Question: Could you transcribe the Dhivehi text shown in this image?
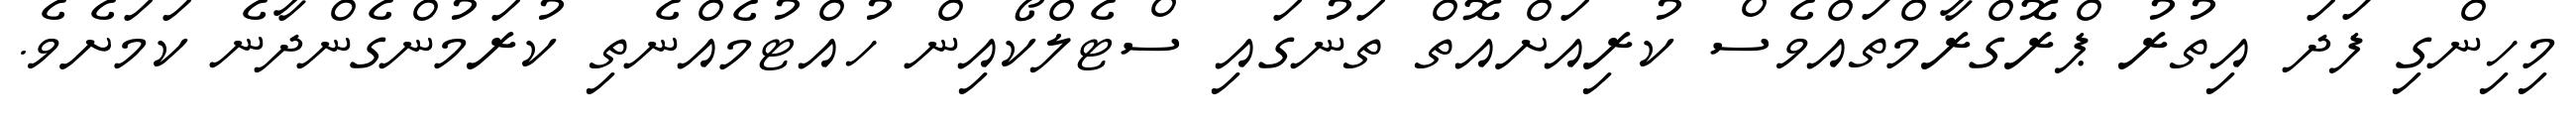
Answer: މިހިންގި ފަދަ އިތުރު ޕްރޮގްރާމްތައްވެސް ކުރިއަށްއޮތް ތަނުގައި ސްޓެލްކޯއިން ހުއްޓުމެއްނެތި ކުރަމުންގެންދާނެ ކަމަށެވެ.